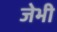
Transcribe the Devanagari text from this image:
जेभी